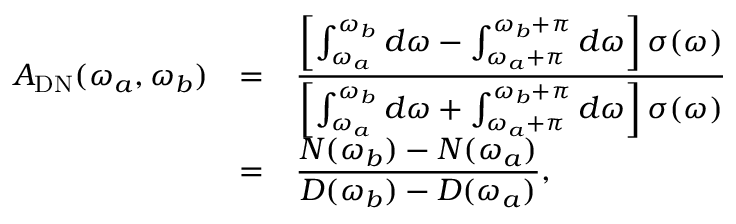
\begin{array} { r c l } { { A _ { \mathrm { D N } } ( \omega _ { a } , \omega _ { b } ) } } & { { = } } & { { \displaystyle \frac { \left[ \int _ { \omega _ { a } } ^ { \omega _ { b } } d \omega - \int _ { \omega _ { a } + \pi } ^ { \omega _ { b } + \pi } d \omega \right] \sigma ( \omega ) } { \left[ \int _ { \omega _ { a } } ^ { \omega _ { b } } d \omega + \int _ { \omega _ { a } + \pi } ^ { \omega _ { b } + \pi } d \omega \right] \sigma ( \omega ) } } } \\ { { } } & { { = } } & { { \displaystyle \frac { N ( \omega _ { b } ) - N ( \omega _ { a } ) } { D ( \omega _ { b } ) - D ( \omega _ { a } ) } , } } \end{array}